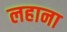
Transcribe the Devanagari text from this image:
लहाना